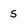
Character: 5